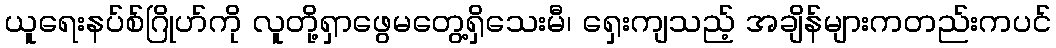
ယူရေးနပ်စ်ဂြိုဟ်ကို လူတို့ရှာဖွေမတွေ့ရှိသေးမီ၊ ရှေးကျသည့် အချိန်များကတည်းကပင်